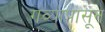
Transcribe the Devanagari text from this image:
गव्यापासून